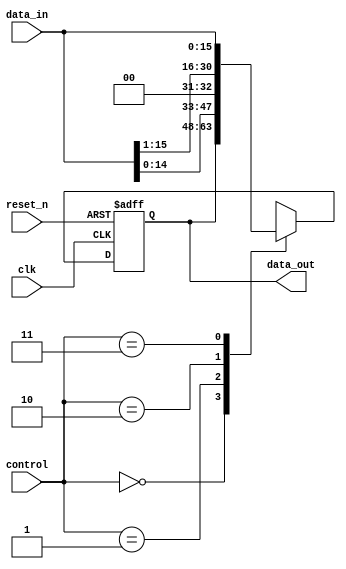
module shifter16
    #(parameter n = 16)
    (
    input [n-1:0] data_in ,
    input clk, reset_n    ,
    input [1:0] control   ,
    output reg [n-1:0] data_out
    )        ;

    parameter hold = 0, shift_left = 1, shift_right = 2, siso = 3;

    always @ (posedge clk or negedge reset_n)
    begin
        if (!reset_n)
            data_out <= 0;
        else
            begin
                case(control)
                    hold        : data_out <= data_out      ;
                    shift_left  : data_out <= data_in << 1  ;
                    shift_right : data_out <= data_in >> 1  ;
                    siso        : data_out <= data_in       ;
                    default     : data_out <= data_out      ;
                endcase
            end
    end

endmodule